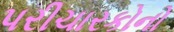
પરીચારકોનો